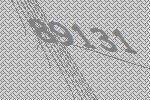
89131